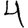
Digit: 4